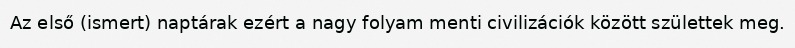
Az első (ismert) naptárak ezért a nagy folyam menti civilizációk között születtek meg.